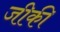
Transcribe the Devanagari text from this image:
जीकी